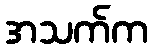
အသက်က